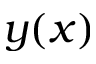
y ( x )